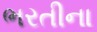
ભરતીના